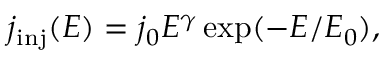
j _ { \mathrm { i n j } } ( E ) = j _ { 0 } E ^ { \gamma } \exp ( - E / E _ { 0 } ) ,